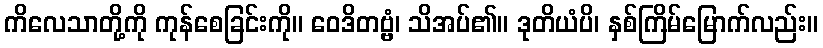
ကိလေသာတို့ကို ကုန်စေခြင်းကို။ ဝေဒိတဗ္ဗံ၊ သိအပ်၏။ ဒုတိယံပိ၊ နှစ်ကြိမ်မြောက်လည်း။